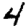
Digit: 4